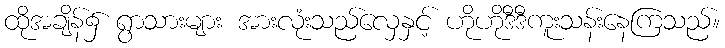
ထိုအချိန်၌ ရွာသားများ အားလုံးသည်လှေနှင့် ဟိုဟိုဒီဒီကူးသန်းနေကြသည်။